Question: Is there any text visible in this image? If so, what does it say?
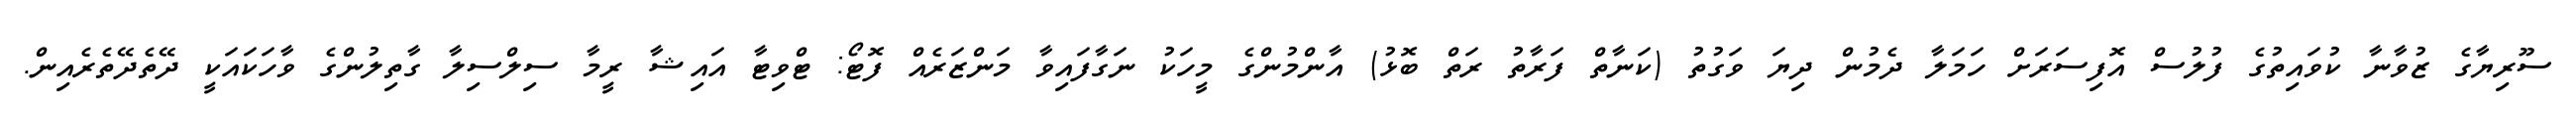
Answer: ސޫރިޔާގެ ޒުވާނާ ކުވައިތުގެ ފުލުސް އޮފިސަރަށް ހަމަލާ ދެމުން ދިޔަ ވަގުތު (ކަނާތް ފަރާތު ރަތް ބޮޅު) އާންމުންގެ މީހަކު ނަގާފައިވާ މަންޒަރެއް ފޮޓޯ: ޓްވިޓާ އައިޝާ ރީމާ ސިލްސިލާ ގާތިލުންގެ ވާހަކައަކީ ދޭތެދޭތެރެއިން.